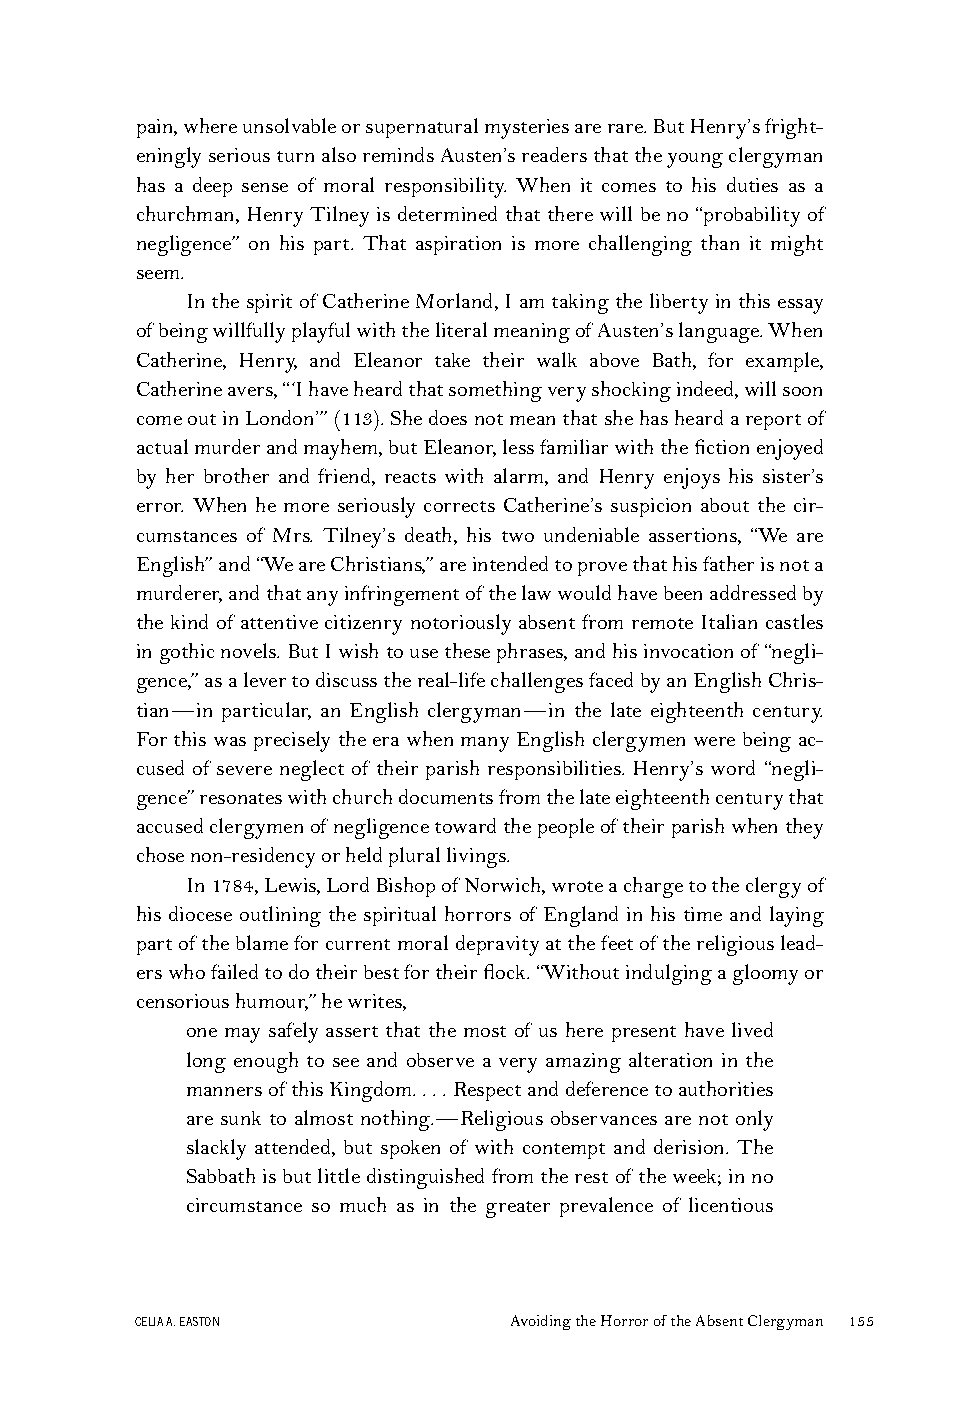
pain,whereunsolvableorsupernaturalmysteriesarerare.ButHenry’sfright-
 eninglyseriousturnalsoremindsAusten’sreadersthattheyoungclergyman
 has a deep sense of moral responsibility. When it comes to his duties as a
 churchman, Henry Tilney is determined that there will be no “probability of
 negligence” on his part. That aspiration is more challenging than it might
 seem.
 Inthespiritof CatherineMorland,Iamtakingthelibertyinthisessay
 ofbeingwillfullyplayfulwiththeliteralmeaningofAusten’slanguage.When
 Catherine, Henry, and Eleanor take their walk above Bath, for example,
 Catherineavers,“‘Ihaveheardthatsomethingveryshockingindeed,willsoon
 comeoutinLondon’”(113).Shedoesnotmeanthatshehasheardareportof
 actualmurderandmayhem,butEleanor,lessfamiliarwiththefictionenjoyed
 by her brother and friend, reacts with alarm, and Henry enjoys his sister’s
 error. When he more seriously corrects Catherine’s suspicion about the cir-
 cumstances of Mrs. Tilney’s death, his two undeniable assertions, “We are
 English”and“WeareChristians,”areintendedtoprovethathisfatherisnota
 murderer,andthatanyinfringementofthelawwouldhavebeenaddressedby
 the kind of attentive citizenry notoriously absent from remote Italian castles
 ingothicnovels.ButIwishtousethesephrases,andhisinvocationof “negli-
 gence,”asalevertodiscussthereal-lifechallengesfacedbyanEnglishChris-
 tian—in particular, an English clergyman—in the late eighteenth century.
 ForthiswaspreciselytheerawhenmanyEnglishclergymenwerebeingac-
 cused of severe neglect of their parish responsibilities. Henry’s word “negli-
 gence”resonateswithchurchdocumentsfromthelateeighteenthcenturythat
 accusedclergymenofnegligencetowardthepeopleoftheirparishwhenthey
 chosenon-residencyorheldplurallivings.
 In1784,Lewis,LordBishopofNorwich,wroteachargetotheclergyof
 his diocese outlining the spiritual horrors of England in his time and laying
 partoftheblameforcurrentmoraldepravityatthefeetofthereligiouslead-
 erswhofailedtodotheirbestfortheirflock.“Withoutindulgingagloomyor
 censorioushumour,”hewrites,
 one may safely assert that the most of us here present have lived
 long enough to see and observe a very amazing alteration in the
 mannersofthisKingdom....Respectanddeferencetoauthorities
 are sunk to almost nothing.—Religious observances are not only
 slackly attended, but spoken of with contempt and derision. The
 Sabbathisbutlittledistinguishedfromtherestof theweek;inno
 circumstance so much as in the greater prevalence of licentious
 CELIAA.EASTON            AvoidingtheHorroroftheAbsentClergyman 155